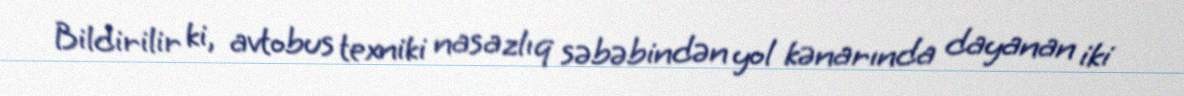
Bildirilir ki, avtobus texniki nasazlıq səbəbindən yol kənarında dayanan iki